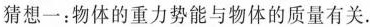
猜想一：物体的重力势能与物体的质量有关.